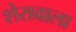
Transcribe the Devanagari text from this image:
शेरावाला